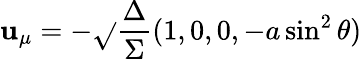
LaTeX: \mathbf{u}_{\mu}=-\sqrt{}{{\frac{{\Delta}}{{\Sigma}}}}(1,0,0,-a\sin^{2}\theta)